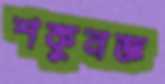
শকুনজ্ঞ